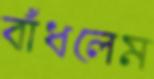
বাঁধলেম